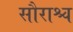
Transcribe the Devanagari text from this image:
सौराश्च